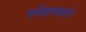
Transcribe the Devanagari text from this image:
सर्वेक्षणाखाली